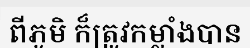
ពីភូមិ ក៏ត្រូវកម្លាំងបាន